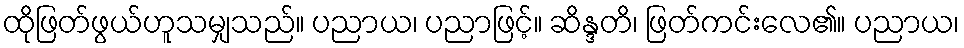
ထိုဖြတ်ဖွယ်ဟူသမျှသည်။ ပညာယ၊ ပညာဖြင့်။ ဆိန္ဒတိ၊ ဖြတ်ကင်းလေ၏။ ပညာယ၊